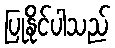
ပြုနိုင်ပါသည်